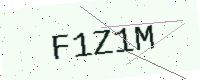
Text: F1Z1M